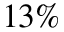
1 3 \%